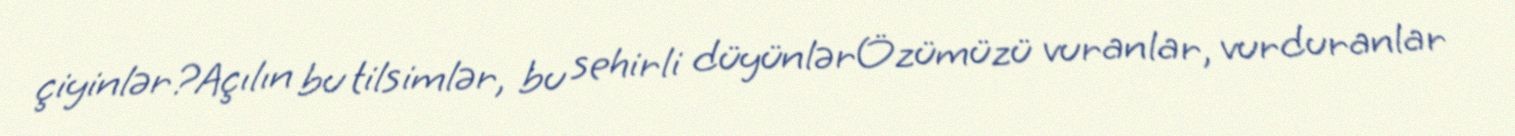
çiyinlər?Açılın bu tilsimlər, bu sehirli düyünlərÖzümüzü vuranlar, vurduranlar